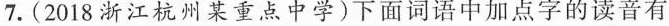
7.(2018浙江杭州某重点中学)下面词语中加点字的读音有